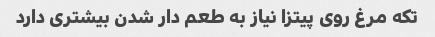
تکه مرغ روی پیتزا نیاز به طعم دار شدن بیشتری دارد